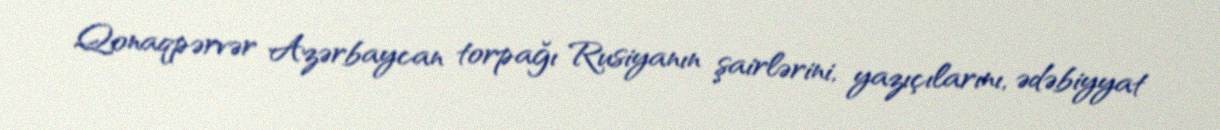
Qonaqpərvər Azərbaycan torpağı Rusiyanın şairlərini, yazıçılarını, ədəbiyyat